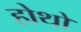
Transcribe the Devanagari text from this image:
होथों